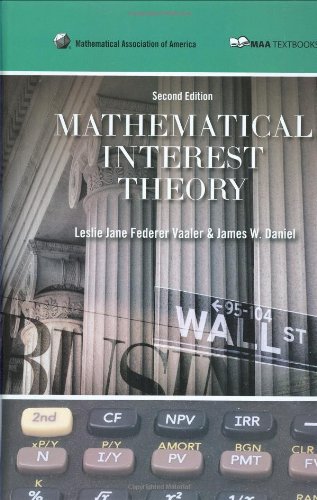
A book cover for Mathematical Interest Theory (Mathematical Association of America Textbooks); Leslie Vaaler; Science & Math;